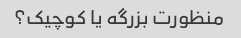
منظورت بزرگه یا کوچیک؟